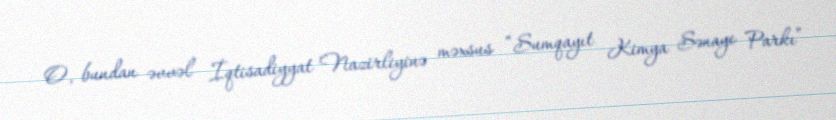
O, bundan əvvəl İqtisadiyyat Nazirliyinə məxsus “Sumqayıt Kimya Sənaye Parkı”